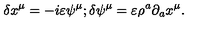
\delta x ^ { \mu } = - i \varepsilon \psi ^ { \mu } ; \delta \psi ^ { \mu } = \varepsilon \rho ^ { a } \partial _ { a } x ^ { \mu } .